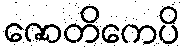
ဇောတိကေပိ